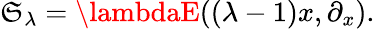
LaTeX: {\cal\mathfrak{S}}_{\lambda}=\lambdaE((\lambda-1)x,\partial_{x}).